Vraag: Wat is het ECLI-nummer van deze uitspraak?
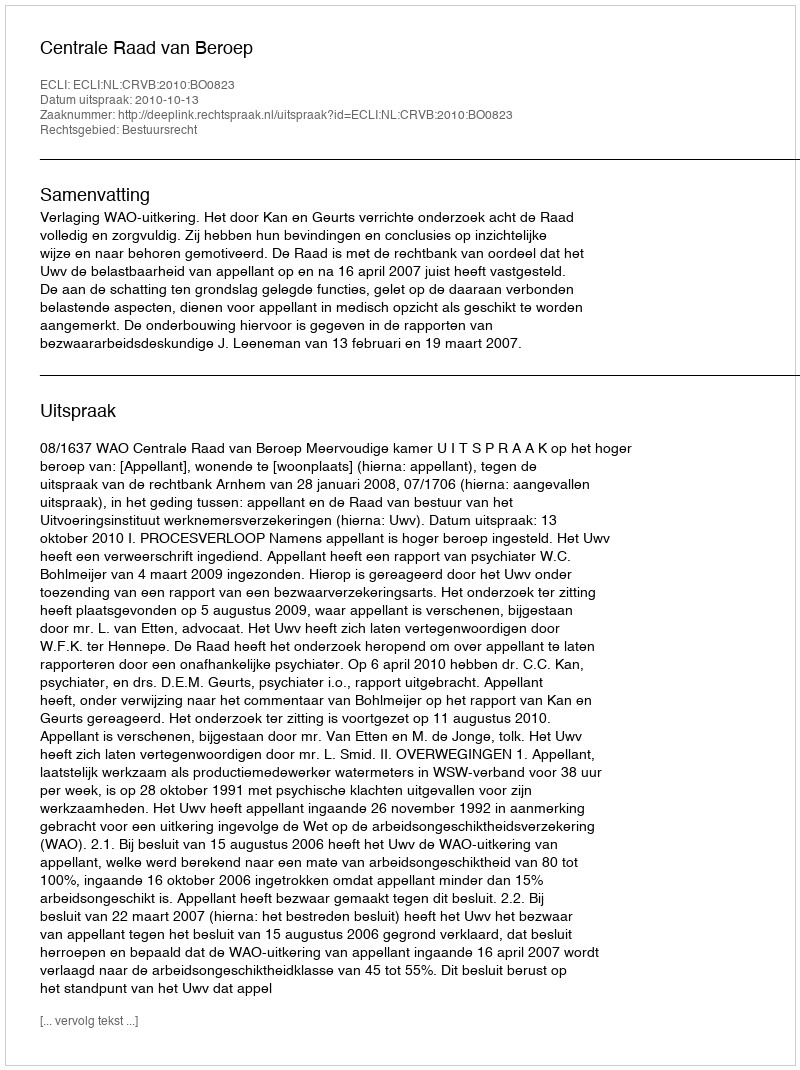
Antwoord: ECLI:NL:CRVB:2010:BO0823